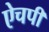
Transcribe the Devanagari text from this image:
ऐचपी